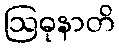
ဩဓုနာတိ